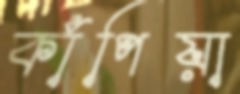
কাঁপিয়া